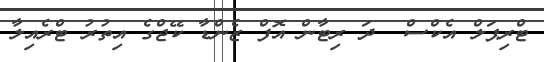
ޓްރިޕަލް އެކްސް  ދަ ރިޓާން އޮފް ޒެންޑާ ކޭޖްގެ އިތުރު ޓްރެއިލާ